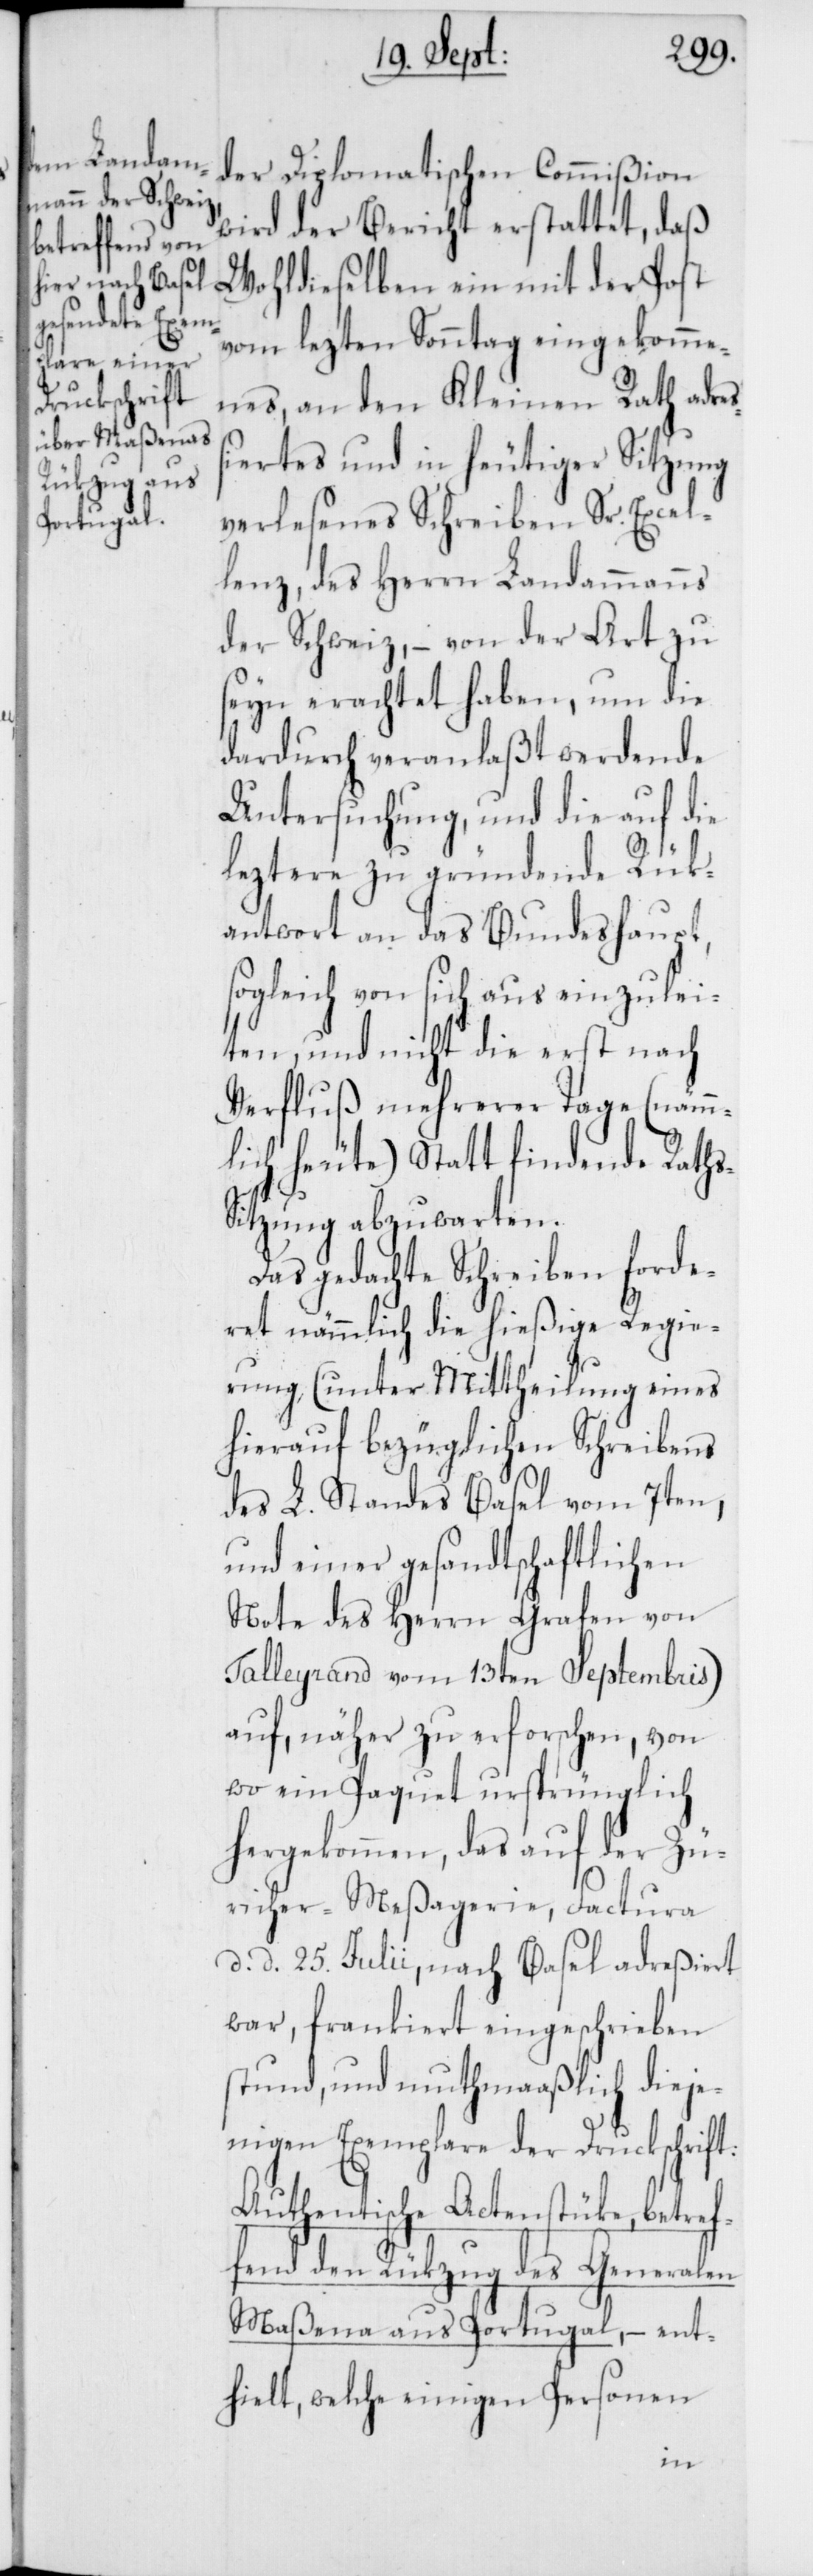
der Diplomatischen Commißion
wird der Bericht erstattet, daß
Wohldieselben ein mit der Post
vom lezten Sonntag eingekomme¬
nes, an den Kleinen Rath adres¬
siertes und in heutiger Sitzung
verlesenes Schreiben Seiner
lenz, des Herrn Landammanns
der Schweiz, – von der Art zu
seyn erachtet haben, um die
dardurch veranlaßt werdende
Untersuchung, und die auf die
leztere zu gründende Rük¬
antwort an das Bundeshaupt,
sogleich von sich aus einzulei¬
ten, und nicht die erst nach
Verfluß mehrerer Tage (nämm¬
lich heute) Statt findende Rath¬
itzung abzuwarten.
Das gedachte Schreiben forde¬
ret nämmlich die hießige Regie¬
rung (unter Mittheilung eines
hierauf bezüglichen Schreibens
des L. Standes Basel vom 7ten,
und einer gesandtschaftlichen
Note des Herrn Grafen von
Talleyrand vom 13ten Septembris)
auf, näher zu erforschen, von
wo ein Paquet ursprünglich
hergekommen, das auf der Zü¬
richer-Meßagerie, Factura
d. d. 25. Julii, nach Basel adreßiert
war, frankiert eingeschrieben
stund, und muthmaaßlich dieje¬
nigen Exemplare der Druckschrift:
Authentische Actenstüke, betref¬
fend den Rükzug des Generalen
Maßena aus Portugal, – ent¬
hielt, welche einigen Personen
s-S¬